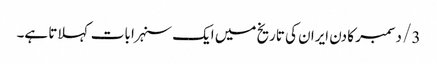
3/ دسمبر کا دن ایران کی تاریخ میں ایک سنہرا بات کہلاتا ہے۔